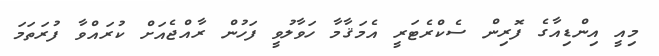
މިއީ އިންޑިއާގެ ފޮރިން ސެކްރެޓަރީ އެމަޤާމާ ހަވާލުވީ ފަހުން ރާއްޖެއަަށް ކުރައްވާ ފުރަތަމަ